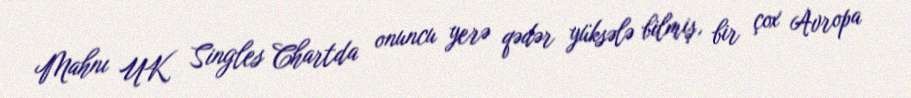
Mahnı UK Singles Chartda onuncu yerə qədər yüksələ bilmiş, bir çox Avropa